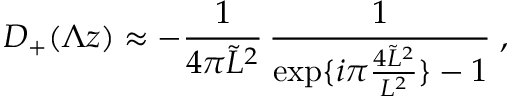
D _ { + } ( \Lambda z ) \approx - \frac { 1 } { 4 \pi \tilde { L } ^ { 2 } } \, \frac { 1 } { \exp \{ i \pi \frac { 4 \tilde { L } ^ { 2 } } { L ^ { 2 } } \} - 1 } \; ,